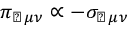
\pi _ { \perp \, \mu \nu } \propto - \sigma _ { \perp \, \mu \nu }